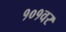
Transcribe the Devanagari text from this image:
१०१वर